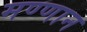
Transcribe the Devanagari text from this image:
मण्णान